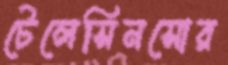
টেলেসিনসোর